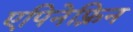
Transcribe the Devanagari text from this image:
एपिनेफ़्रिन